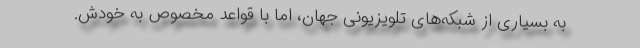
به بسیاری از شبکه‌های تلویزیونی جهان، اما با قواعد مخصوص به خودش.